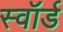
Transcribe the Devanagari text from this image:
स्‍वॉर्ड